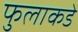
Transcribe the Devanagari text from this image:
फुलाकडे